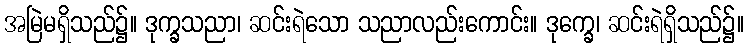
အမြဲမရှိသည်၌။ ဒုက္ခသညာ၊ ဆင်းရဲသော သညာလည်းကောင်း။ ဒုက္ခေ၊ ဆင်းရဲရှိသည်၌။